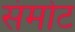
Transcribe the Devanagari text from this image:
संमोट